Senior Leaving Certificate Examination (including Day School Certificate (Higher) General paper), 1947
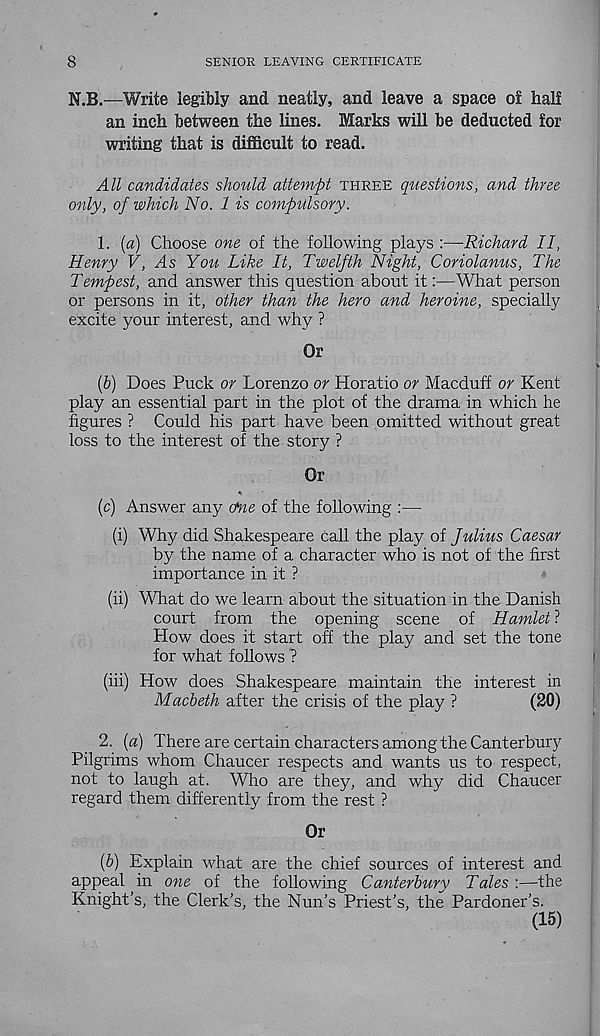
8
SENIOR LEAVING CERTIFICATE
N.B.—Write legibly and neatly, and leave a space of half
an inch between the lines. Marks will be deducted for
writing that is difficult to read.
All candidates should attempt THREE questions, and three
only, of which No. 1 is compulsory.
1. {a) Choose one of the following plays :—Richard II,
Henry V, As You Like It, Twelfth Night, Coriolanus, The
Tempest, and answer this question about it:—What person
or persons in it, other than the hero and heroine, specially
excite your interest, and why ?
Or
[b) Does Puck or Lorenzo or Horatio or Macduff or Kent
play an essential part in the plot of the drama in which he
figures ? Could his part have been omitted without great
loss to the interest of the story ?
Or
(c) Answer any ctne of the following :—
(i) Why did Shakespeare call the play of Julius Caesar
by the name of a character who is not of the first
importance in it ?
(ii) What do we learn about the situation in the Danish
court from the opening scene of Hamlet ?
How does it start off the play and set the tone
for what follows ?
(iii) How does Shakespeare maintain the interest in
Macbeth after the crisis of the play ?
(20)
2. (a) There are certain characters among the Canterbury
Pilgrims whom Chaucer respects and wants us to respect,
not to laugh at. Who are they, and why did Chaucer
regard them differently from the rest ?
Or
(5) Explain what are the chief sources of interest and
appeal in one of the following Canterbury Tales :—the
Knight’s, the Clerk’s, the Nun’s Priest’s, the Pardoner’s.
(15)